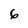
Character: 6